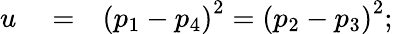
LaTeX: \begin{array}{rlr}{u}&{{}=}&{\left(p_{1}-p_{4}\right)^{2}=\left(p_{2}-p_{3}\right)^{2};}\end{array}